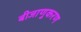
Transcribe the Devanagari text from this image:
बीजाणुकरण